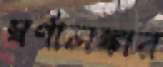
স্বর্ণালঙ্কার